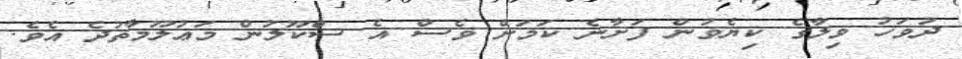
ދުވަހު ވިލާގެ ކިޔެވުން ފަށާނެ ކަމަށް ވެސް އެ ސްކޫލުން މަޢުލޫމާތުދެ އެވެ.